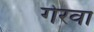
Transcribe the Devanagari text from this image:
गेरवा